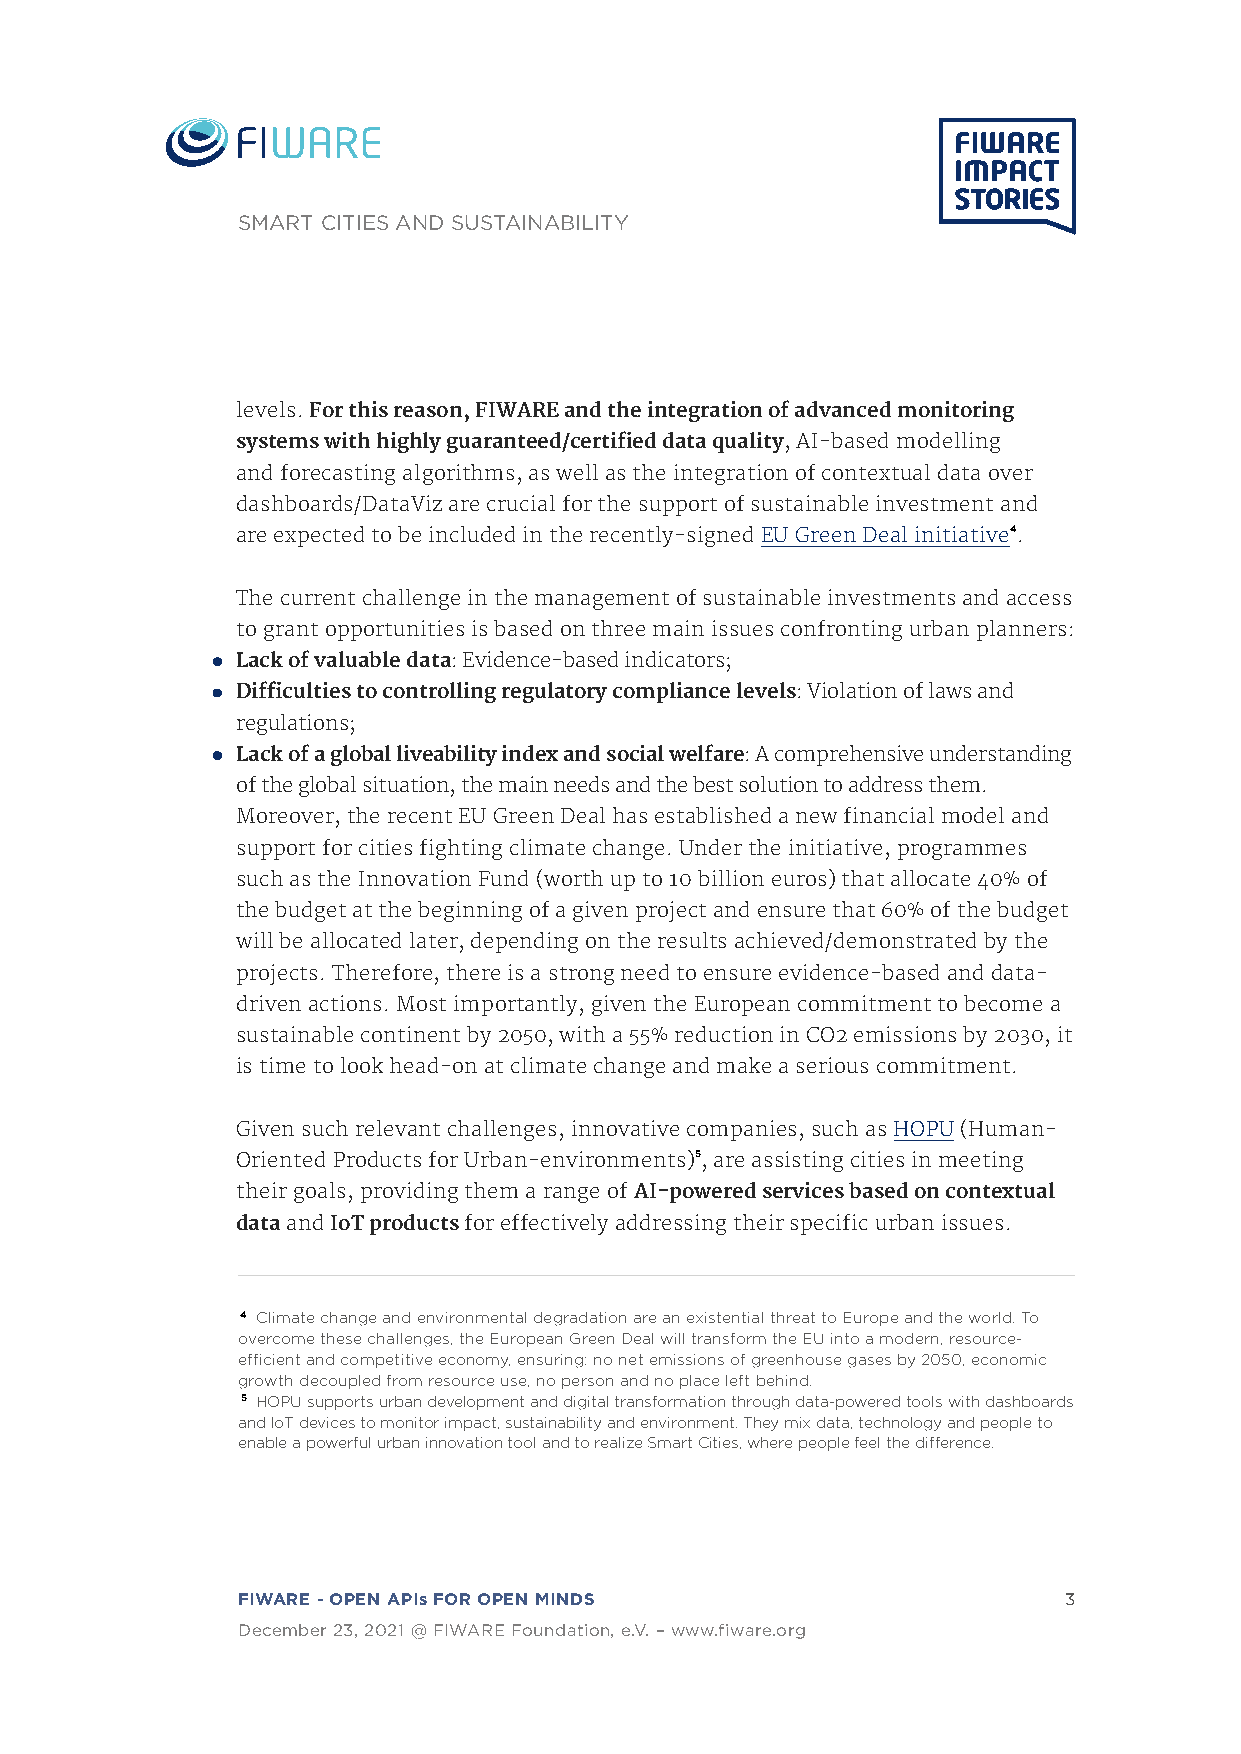
SMART CITIES AND SUSTAINABILITY
 levels. For this reason, FIWARE and the integration of advanced monitoring
 systems with highly guaranteed/certified data quality, AI-based modelling
 and forecasting algorithms, as well as the integration of contextual data over
 dashboards/DataViz are crucial for the support of sustainable investment and
 are expected to be included in the recently-signed EU Green Deal initiative4.
 The current challenge in the management of sustainable investments and access
 to grant opportunities is based on three main issues confronting urban planners:
 Lack of valuable data: Evidence-based indicators;
 Difficulties to controlling regulatory compliance levels: Violation of laws and
 regulations;
 Lack of a global liveability index and social welfare: A comprehensive understanding
 of the global situation, the main needs and the best solution to address them.
 Moreover, the recent EU Green Deal has established a new financial model and
 support for cities fighting climate change. Under the initiative, programmes
 such as the Innovation Fund (worth up to 10 billion euros) that allocate 40% of
 the budget at the beginning of a given project and ensure that 60% of the budget
 will be allocated later, depending on the results achieved/demonstrated by the
 projects. Therefore, there is a strong need to ensure evidence-based and data-
 driven actions. Most importantly, given the European commitment to become a
 sustainable continent by 2050, with a 55% reduction in CO2 emissions by 2030, it
 is time to look head-on at climate change and make a serious commitment.
 Given such relevant challenges, innovative companies, such as HOPU (Human-
 Oriented Products for Urban-environments)5, are assisting cities in meeting
 their goals, providing them a range of AI-powered services based on contextual
 data and IoT products for effectively addressing their specific urban issues.
 4 Climate change and environmental degradation are an existential threat to Europe and the world. To
 overcome these challenges, the European Green Deal will transform the EU into a modern, resource-
 efficient and competitive economy, ensuring: no net emissions of greenhouse gases by 2050, economic
 growth decoupled from resource use, no person and no place left behind.
 5 HOPU supports urban development and digital transformation through data-powered tools with dashboards
 and IoT devices to monitor impact, sustainability and environment. They mix data, technology and people to
 enable a powerful urban innovation tool and to realize Smart Cities, where people feel the difference.
 FIWARE - OPEN APIs FOR OPEN MINDS                     3
 December 23, 2021 @ FIWARE Foundation, e.V. – www.fiware.org